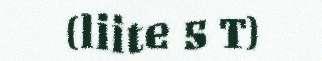
(liite 5 T)